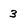
Character: 3